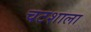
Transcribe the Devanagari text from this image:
चटशाला